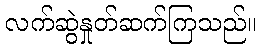
လက်ဆွဲနှုတ်ဆက်ကြသည်။